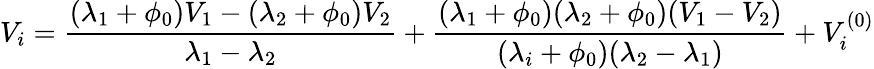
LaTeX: V_{i}=\frac{(\lambda_{1}+\phi_{0})V_{1}-(\lambda_{2}+\phi_{0})V_{2}}{\lambda_{1}-\lambda_{2}}+\frac{(\lambda_{1}+\phi_{0})(\lambda_{2}+\phi_{0})(V_{1}-V_{2})}{(\lambda_{i}+\phi_{0})(\lambda_{2}-\lambda_{1})}+V_{i}^{(0)}